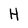
Character: H